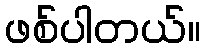
ဖစ်ပါတယ်။